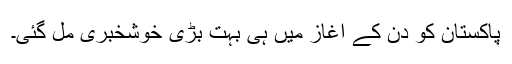
پاکستان کو دن کے آغاز میں ہی بہت بڑی خوشخبری مل گئی۔